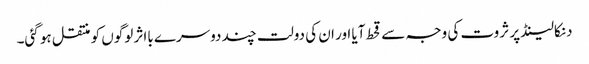
دنکالینڈ پر ثروت کی وجہ سے قحط آیا اور ان کی دولت چند دوسرے بااثر لوگوں کو منتقل ہو گئی۔